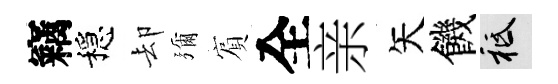
竊穩却彌賔全亲矢饑祇